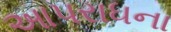
આપરાધના